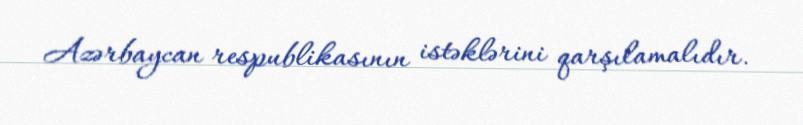
Azərbaycan respublikasının istəklərini qarşılamalıdır.